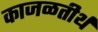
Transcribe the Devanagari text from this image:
काजळतीर्थ